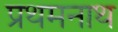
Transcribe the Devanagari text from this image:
प्रथमनाथ